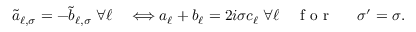
\begin{array} { r l r l } { \tilde { a } _ { \ell , \sigma } = - \tilde { b } _ { \ell , \sigma } \; \forall \ell } & { { } \Longleftrightarrow a _ { \ell } + b _ { \ell } = 2 i \sigma c _ { \ell } \; \forall \ell } & { \mathrm { ~ f ~ o ~ r ~ } } & { { } \; \; \sigma ^ { \prime } = \sigma . } \end{array}